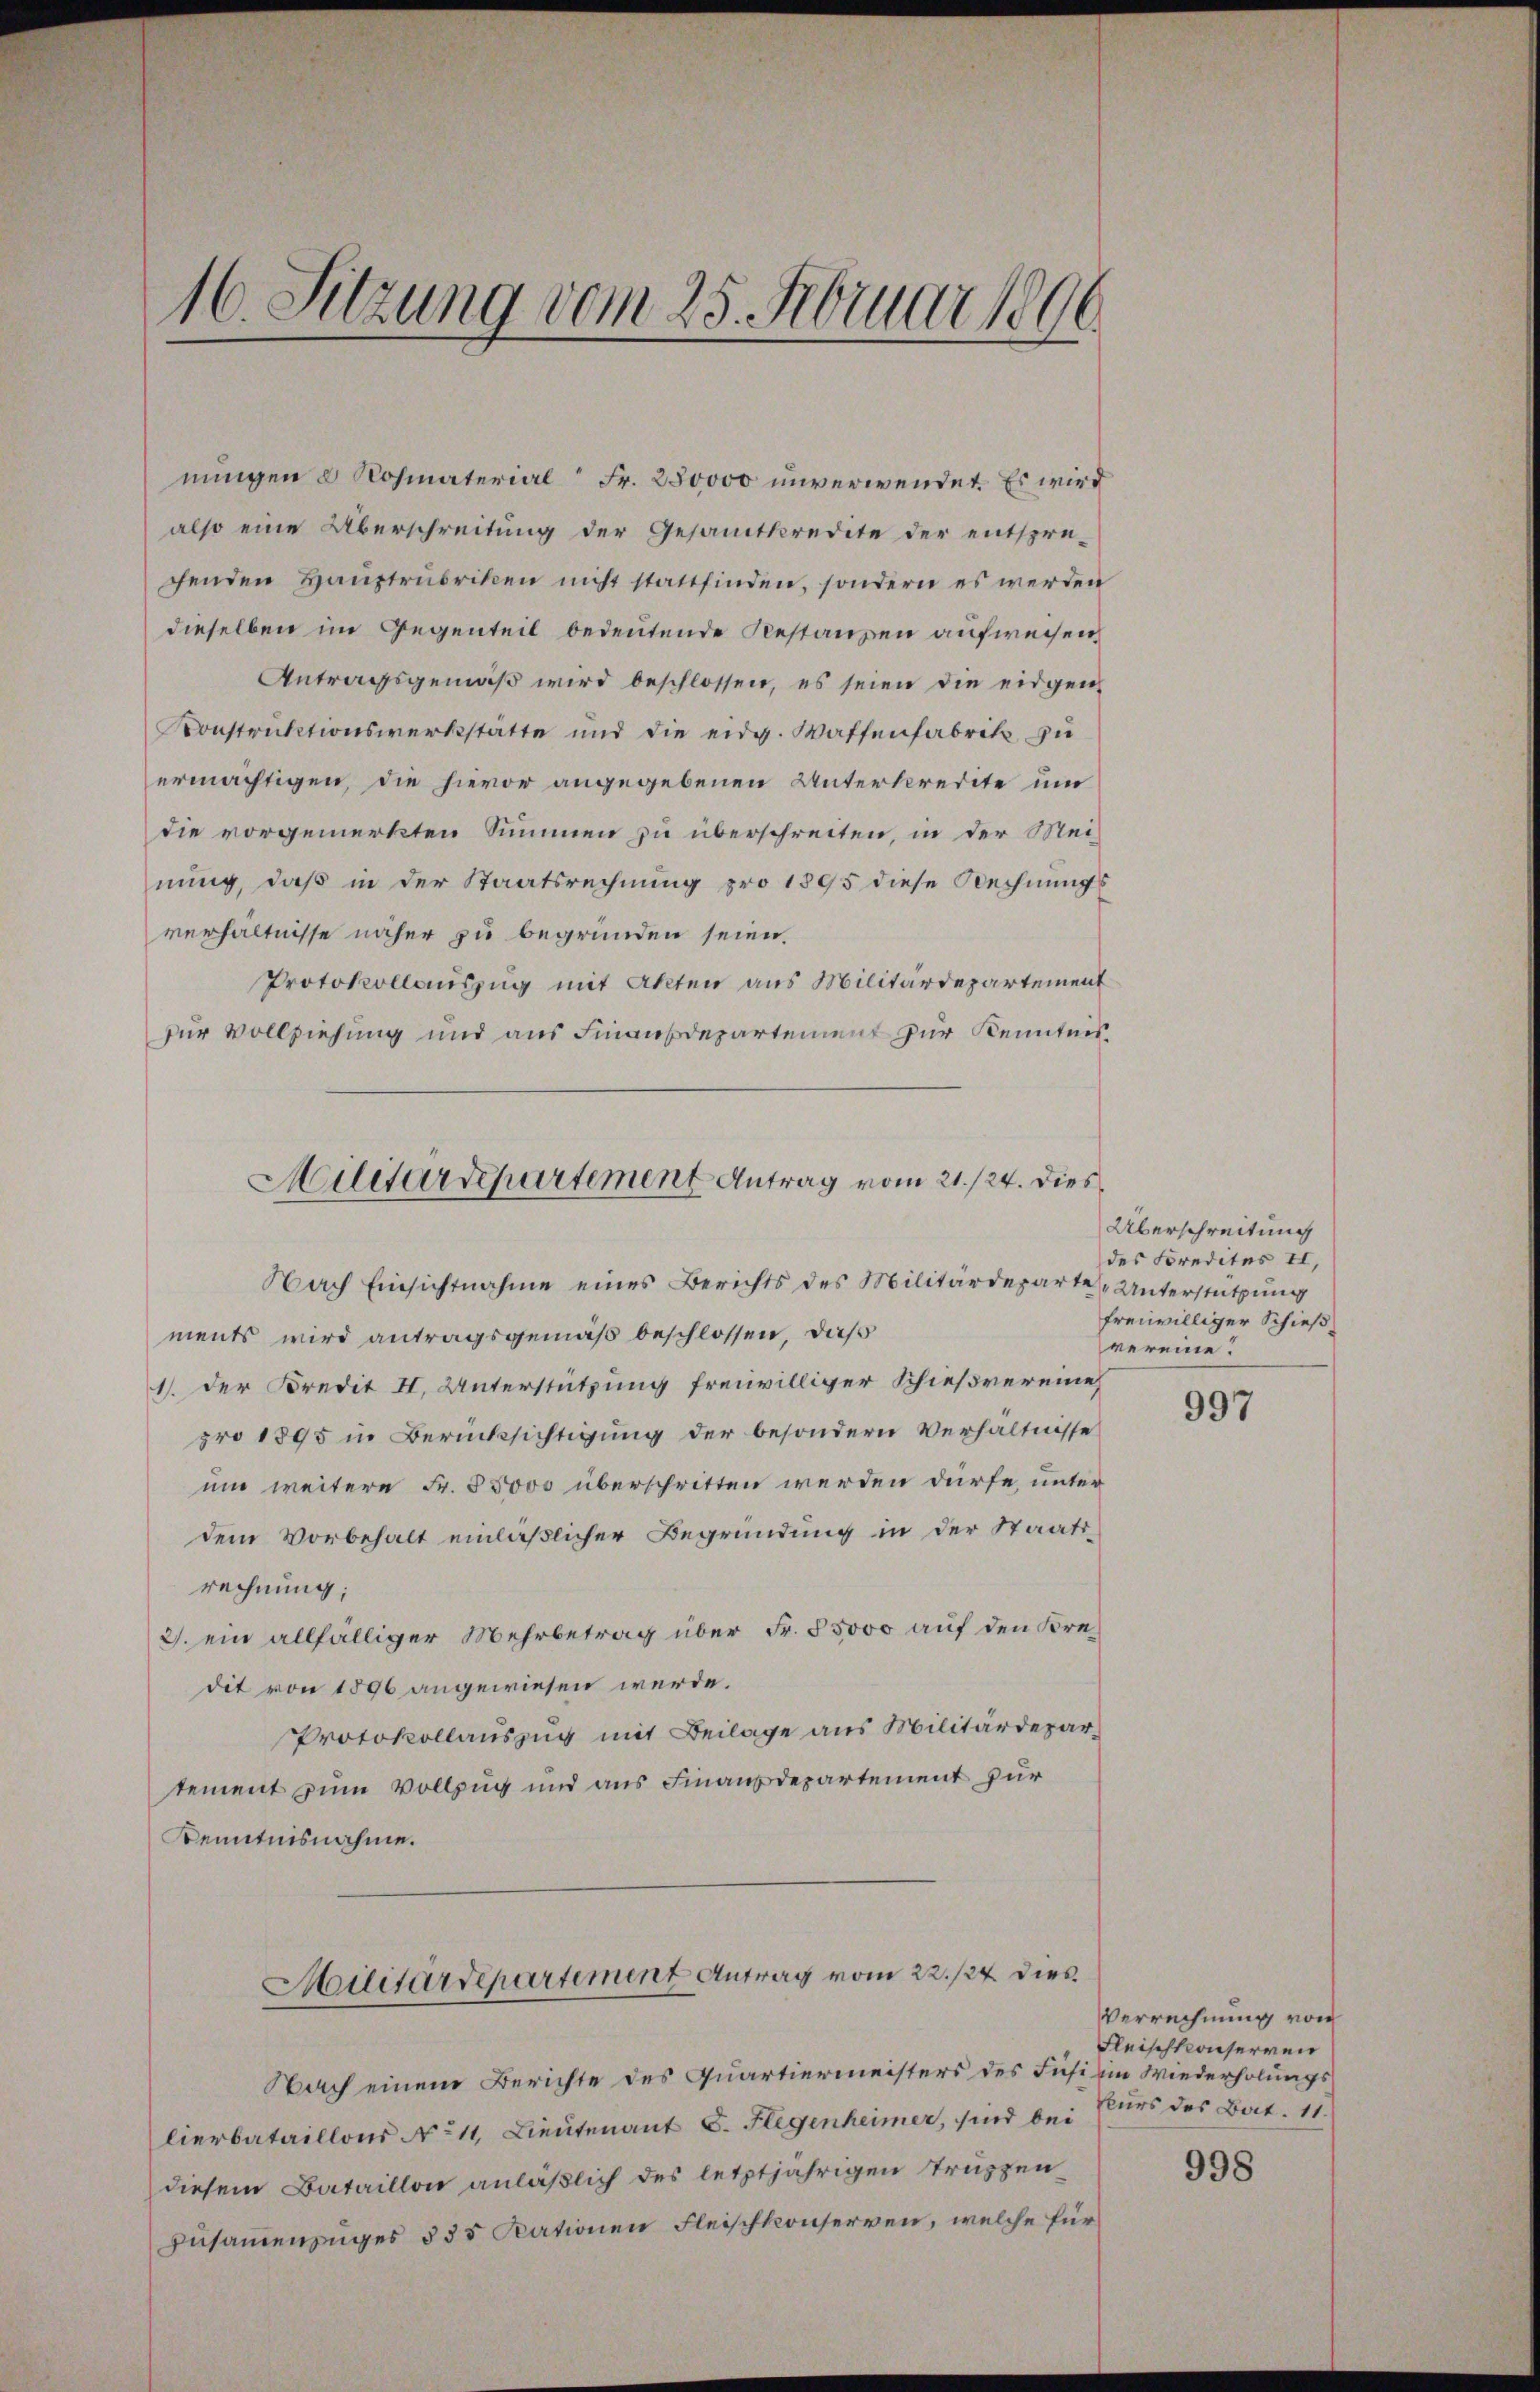
16. Sitzung vom 25. Februar 1806.

nungen & Rohmaterial Fr. 220000 unverwendet. Es wird
also eine Überschreitung der Gesamtkredite der entspre-
genden Hauptrubriken nicht stattfinden, sondern es werden
dieselben im Gegenteil bedeutende Restanzen aufweisen,
Antragsgemäß wird beschlossen, es seien die eidgen
Konstruktionswerkstätte und die eidg. Waffenfabrik zu
ermächtigen, die hievor angegebenen Unterkredite um
die vorgemerkten Summen zu überschreiten, in der Mei-
nung, daß in der Staatsrechnung pro 1895 diese Rechnungs
verhältnisse näher zu begründen seien.
Protokollauszug mit Akten aus Militärdepartement
zur Vollziehung und aus Finanzdepartement zur Kenntnis¬
Nach Einsichtnahme eines Berichts des Militärdeparte Unterstützung
ments wird antragsgemäß beschlossen, daß
1. der Kredit II. Unterstützung freiwilliger Schießvereine
pro 1895 in Berücksichtigung der besondern Verhältnisse
um weitere Fr. 55000 überschritten werden dürfe, unter
dem Vorbehalt einläßlicher Begründung in der Staatsrechnung;
2. ein allfälliger Mehrbetrag über Fr. 55000 auf den Kredit von 1896 angewiesen werde.
Protokollauszug mit Beilage aus Militärdepartement zum Vollzug und aus Finanzdepartement zur
Kenntnisnahme.
Militärdepartement Antrag vom 22./24. dies
Nach einem Berichte des Quartiermeisters des Fusi im Wiederholungslierbataillons No 11, Lieutenant C. Flegenheimer, sind bei
diesem Bataillon anläßlich des letztjährigen Truppen
Zusammenzuges 335 Rationen Fleischkonserven, welche für

Militärdepartement Antrag vom 21./24. dies

Überschreitung
des Credites II,
freiwilliger Schieß
vereine!

997

Verrechnung von
Fleischkonserven
kurs des Bat. 11.

998